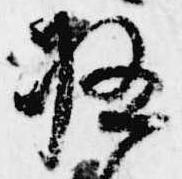
極